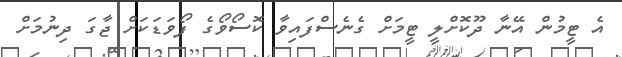
އެ ޓީމުން އޭނާ ދޫކޮށްލީ ޓީމަށް ގެނެސްފައިވާ ކޮސޯވޯގެ ފޯވަޑަކަށް ޖާގަ ދިނުމަށް